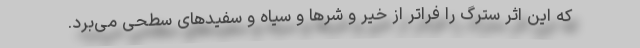
که این اثر سترگ را فراتر از خیر و شرها و سیاه و سفیدهای سطحی می‌برد.